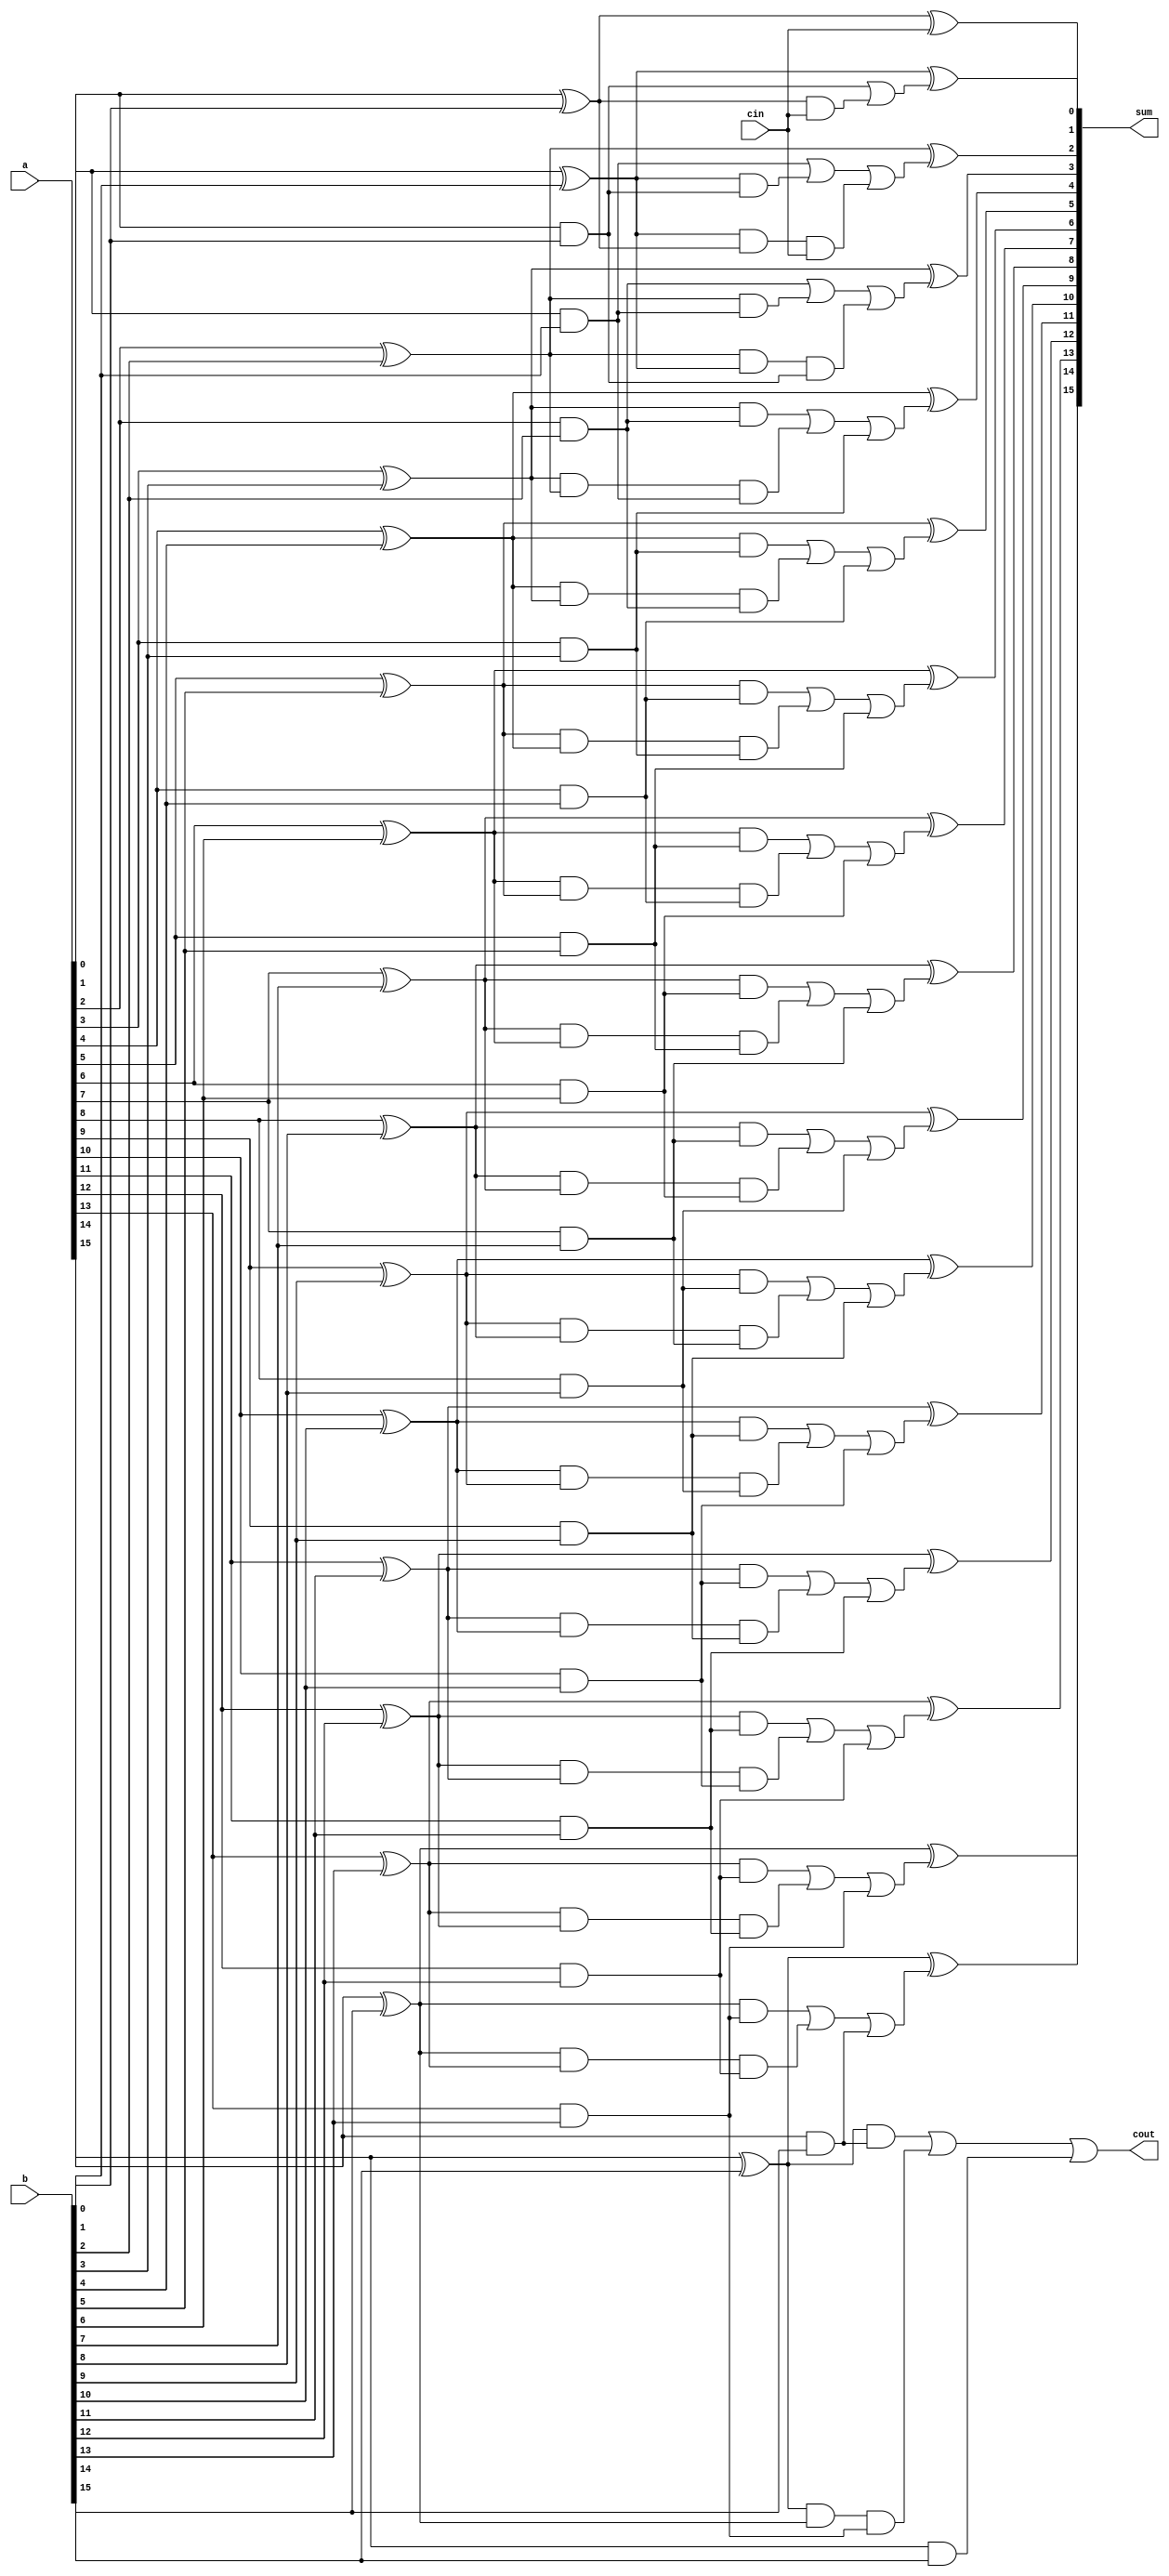
module cla_16_3(a,b, cin, sum,cout);
	input [15:0] a,b;
	input cin;
	output [15:0] sum;
	output cout;
 
	wire [15:0] p,g,c;
	wire  c11,
		c21,c22,
		c31,c32,
		c41,c42,
		c51,c52,
		c61,c62,
		c71,c72,
		c81,c82,
		c91,c92,
		c101,c102,
		c111,c112,
		c121,c122,
		c131,c132,
		c141,c142,
		c151,c152,
		c161,c162;
  
	//propogate
	xor XP0(p[0], a[0], b[0]);
	xor XP1(p[1], a[1], b[1]);
	xor XP2(p[2], a[2], b[2]);
	xor XP3(p[3], a[3], b[3]);
	xor XP4(p[4], a[4], b[4]);
	xor XP5(p[5], a[5], b[5]);
	xor XP6(p[6], a[6], b[6]);
	xor XP7(p[7], a[7], b[7]);
	xor XP8(p[8], a[8], b[8]);
	xor XP9(p[9], a[9], b[9]);
	xor XP10(p[10], a[10], b[10]);
	xor XP11(p[11], a[11], b[11]);
	xor XP12(p[12], a[12], b[12]);
	xor XP13(p[13], a[13], b[13]);
	xor XP14(p[14], a[14], b[14]);
	xor XP15(p[15], a[15], b[15]);
  
	//generate
	and AG0(g[0], a[0], b[0]);
	and AG1(g[1], a[1], b[1]);
	and AG2(g[2], a[2], b[2]);
	and AG3(g[3], a[3], b[3]);
	and AG4(g[4], a[4], b[4]);
	and AG5(g[5], a[5], b[5]);
	and AG6(g[6], a[6], b[6]);
	and AG7(g[7], a[7], b[7]);
	and AG8(g[8], a[8], b[8]);
	and AG9(g[9], a[9], b[9]);
	and AG10(g[10], a[10], b[10]);
	and AG11(g[11], a[11], b[11]);
	and AG12(g[12], a[12], b[12]);
	and AG13(g[13], a[13], b[13]);
	and AG14(g[14], a[14], b[14]);
	and AG15(g[15], a[15], b[15]);
  
	//C0
	assign c[0]=cin;
  
	//C1 c[1]= g[0]|(p[0]&c[0]);
	and AC1(c11,p[0],c[0]);
	or  OC1(c[1],g[0],c11);
  
	//C2 c[2]= g[1] | (p[1]&g[0]) | p[1]&p[0]&c[0];
	and AC21(c21,p[1],g[0]);
	and AC22(c22,p[1],p[0],c[0]);
	or  OC2(c[2],g[1],c21,c22);

	//C3 c[3]= g[2] | (p[2]&g[1]) | p[2]&p[1]&g[0] | p[2]&p[1]&p[0]&c[0];
	and AC31(c31,p[2],g[1]);
	and AC32(c32,p[2],p[1],g[0]);
	or  OC3(c[3],g[2],c31,c32);
  
  
	//C4 app cout= g[3] | (p[3]&g[2]) | p[3]&p[2]&g[1] | p[3]&p[2]&p[1]&g[0];
	and AC41(c41,p[3],g[2]);
	and AC42(c42,p[3],p[2],g[1]);
	or  OC4(c[4],c41,c42,g[3]);
  
	//C5 app cout= g[4] | (p[4]&g[3]) | p[4]&p[3]&g[2] | p[4]&p[3]&p[2]&g[1];
	and AC51(c51,p[4],g[3]);
	and AC52(c52,p[4],p[3],g[2]);
	or  OC5(c[5],c51,c52,g[4]);

	//C6 app cout= g[5] | (p[5]&g[4]) | p[5]&p[4]&g[3] | p[5]&p[4]&p[3]&g[2];
	and AC61(c61,p[5],g[4]);
	and AC62(c62,p[5],p[4],g[3]);
	or  OC6(c[6],c61,c62,g[5]);

	//C7 app cout= g[6] | (p[6]&g[5]) | p[6]&p[5]&g[4] | p[6]&p[5]&p[4]&g[3];
	and AC71(c71,p[6],g[5]);
	and AC72(c72,p[6],p[5],g[4]);
	or  OC7(c[7],c71,c72,g[6]);

	//C8 app cout= g[7] | (p[7]&g[6]) | p[7]&p[6]&g[5] | p[7]&p[6]&p[5]&g[4];
	and AC81(c81,p[7],g[6]);
	and AC82(c82,p[7],p[6],g[5]);
	or  OC8(c[8],c81,c82,g[7]);

	//C9 app cout= g[8] | (p[8]&g[7]) | p[8]&p[7]&g[6] | p[8]&p[7]&p[6]&g[5];
	and AC91(c91,p[8],g[7]);
	and AC92(c92,p[8],p[7],g[6]);
	or  OC9(c[9],c91,c92,g[8]);

	//C10 app cout= g[9] | (p[9]&g[8]) | p[9]&p[8]&g[7] | p[9]&p[8]&p[7]&g[6];
	and AC101(c101,p[9],g[8]);
	and AC102(c102,p[9],p[8],g[7]);
	or  OC10(c[10],c101,c102,g[9]);

	//C11 app cout= g[10] | (p[10]&g[9]) | p[10]&p[9]&g[8] | p[10]&p[9]&p[8]&g[7];
	and AC111(c111,p[10],g[9]);
	and AC112(c112,p[10],p[9],g[8]);
	or  OC11(c[11],c111,c112,g[10]);

	//C12 app cout= g[11] | (p[11]&g[10]) | p[11]&p[10]&g[9] | p[11]&p[10]&p[9]&g[8];
	and AC121(c121,p[11],g[10]);
	and AC122(c122,p[11],p[10],g[9]);
	or  OC12(c[12],c121,c122,g[11]);

	//C13 app cout= g[12] | (p[12]&g[11]) | p[12]&p[11]&g[10] | p[12]&p[11]&p[10]&g[9];
	and AC131(c131,p[12],g[11]);
	and AC132(c132,p[12],p[11],g[10]);
	or  OC13(c[13],c131,c132,g[12]);

	//C14 app cout= g[13] | (p[13]&g[12]) | p[13]&p[12]&g[11] | p[13]&p[12]&p[11]&g[10];
	and AC141(c141,p[13],g[12]);
	and AC142(c142,p[13],p[12],g[11]);
	or  OC14(c[14],c141,c142,g[13]);

	//C15 app cout= g[14] | (p[14]&g[13]) | p[14]&p[13]&g[12] | p[14]&p[13]&p[12]&g[11];
	and AC151(c151,p[14],g[13]);
	and AC152(c152,p[14],p[13],g[12]);
	or  OC15(c[15],c151,c152,g[14]);

	//C16 app cout= g[15] | (p[15]&g[14]) | p[15]&p[14]&g[13] | p[15]&p[14]&p[13]&g[12];
	and AC161(c161,p[15],g[14]);
	and AC162(c162,p[15],p[14],g[13]);
	or  OC16(cout,c161,c162,g[15]);

  
	//Sum
	xor XS0(sum[0], p[0], c[0]);
	xor XS1(sum[1], p[1], c[1]);
	xor XS2(sum[2], p[2], c[2]);
	xor XS3(sum[3], p[3], c[3]);
	xor XS4(sum[4], p[4], c[4]);
	xor XS5(sum[5], p[5], c[5]);
	xor XS6(sum[6], p[6], c[6]);
	xor XS7(sum[7], p[7], c[7]);
	xor XS8(sum[8], p[8], c[8]);
	xor XS9(sum[9], p[9], c[9]);
	xor XS10(sum[10], p[10], c[10]);
	xor XS11(sum[11], p[11], c[11]);
	xor XS12(sum[12], p[12], c[12]);
	xor XS13(sum[13], p[13], c[13]);
	xor XS14(sum[14], p[14], c[14]);
	xor XS15(sum[15], p[15], c[15]);

endmodule